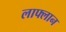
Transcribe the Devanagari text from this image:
लाफ्लान